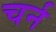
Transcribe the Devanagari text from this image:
चर्न